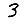
Digit: 3